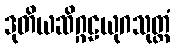
ဒုတိယဆိဂ္ဂဠယုဂသုတ္တံ